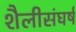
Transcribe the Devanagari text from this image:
शैलीसंघर्ष